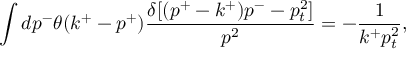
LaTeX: \int d p ^ { - } \theta ( k ^ { + } - p ^ { + } ) { \frac { \delta [ ( p ^ { + } - k ^ { + } ) p ^ { - } - p _ { t } ^ { 2 } ] } { p ^ { 2 } } } = - { \frac { 1 } { k ^ { + } p _ { t } ^ { 2 } } } ,